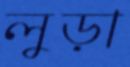
লুড়া